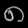
Digit: ၈